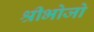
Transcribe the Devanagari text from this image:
श्रीभोजो